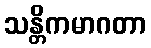
သန္တိကမာဂတာ